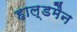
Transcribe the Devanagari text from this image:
हाल्डमैन